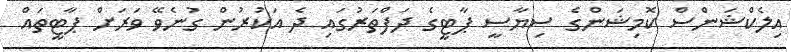
އިލެކްޝަންސް ކޮމިޝަންގެ ސިޔާސީ ޕާޓީގެ ދަފްތަރުގައި ދެ އަކުރުން ގުނެވޭ ވަރަށް ޕާޓީތައް